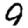
Digit: 9